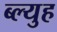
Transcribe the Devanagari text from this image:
ब्ल्युह